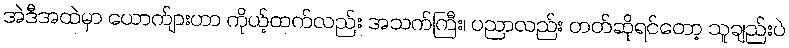
အဲဒီအထဲမှာ ယောက်ျားဟာ ကိုယ့်ထက်လည်း အသက်ကြီး၊ ပညာလည်း တတ်ဆိုရင်တော့ သူချည်းပဲ